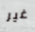
غير